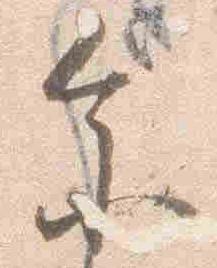
参